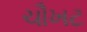
ચૌખટ